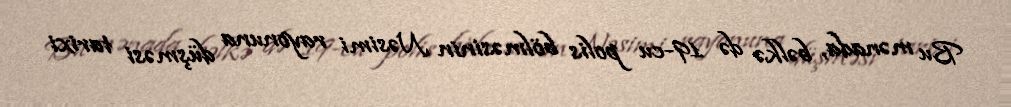
Bu mənada, bəlkə də 19-cu polis bölməsinin Nəsimi rayonuna düşməsi tarixi